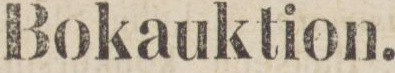
Bokauktion.